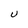
Character: U